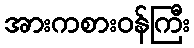
အားကစားဝန်ကြီး